Report on vaccination for the Province of Oudh 1872 -
Year: 1872
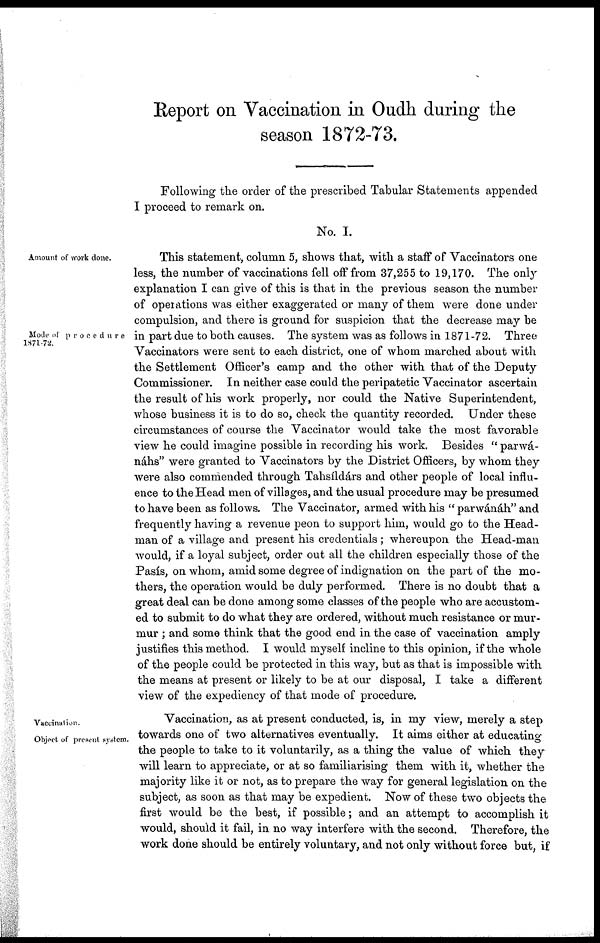
Report on Vaccination in Oudh during the
season 1872-73.
Following the order of the prescribed Tabular Statements appended
I proceed to remark on.
No. I.
Amount of work done.
Mode of procedure
1871-72.
This statement, column 5, shows that, with a staff of Vaccinators one
less, the number of vaccinations fell off from 37,255 to 19,170. The only
explanation I can give of this is that in the previous season the number
of operations was either exaggerated or many of them were done under
compulsion, and there is ground for suspicion that the decrease may be
in part due to both causes. The system was as follows in 1871-72. Three
Vaccinators were sent to each district, one of whom marched about with
the Settlement Officer's camp and the other with that of the Deputy
Commissioner. In neither case could the peripatetic Vaccinator ascertain
the result of his work properly, nor could the Native Superintendent,
whose business it is to do so, check the quantity recorded. Under these
circumstances of course the Vaccinator would take the most favorable
view he could imagine possible in recording his work. Besides " parwá¬
náhs" were granted to Vaccinators by the District Officers, by whom they
were also commended through Tahsíldárs and other people of local influ-
ence to the Head men of villages, and the usual procedure may be presumed
to have been as follows. The Vaccinator, armed with his " parwánáh" and
frequently having a revenue peon to support him, would go to the Head-
man of a village and present his credentials ; whereupon the Head-man
would, if a loyal subject, order out all the children especially those of the
Pasís, on whom, amid some degree of indignation on the part of the mo-
thers, the operation would be duly performed. There is no doubt that a
great deal can be done among some classes of the people who are accustom-
ed to submit to do what they are ordered, without much resistance or mur-
mur ; and some think that the good end in the case of vaccination amply
justifies this method. I would myself incline to this opinion, if the whole
of the people could be protected in this way, but as that is impossible with
the means at present or likely to be at our disposal, I take a different
view of the expediency of that mode of procedure.
Vaccination.
Object of present system.
Vaccination, as at present conducted, is, in my view, merely a step
towards one of two alternatives eventually. It aims either at educating
the people to take to it voluntarily, as a thing the value of which they
will learn to appreciate, or at so familiarising them with it, whether the
majority like it or not, as to prepare the way for general legislation on the
subject, as soon as that may be expedient. Now of these two objects the
first would be the best, if possible; and an attempt to accomplish it
would, should it fail, in no way interfere with the second. Therefore, the
work done should be entirely voluntary, and not only without force but, if